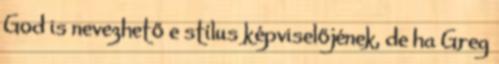
God is nevezhető e stílus képviselőjének, de ha Greg